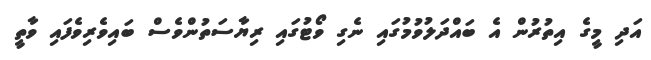
އަދި މީގެ އިތުރުން އެ ބައްދަލުވުމުގައި ނެގި ވޯޓުގައި ރިޔާސަތުންވެސް ބައިވެރިވެފައި ވާތީ